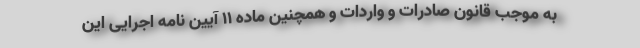
به موجب قانون صادرات و واردات و همچنین ماده 11 آیین نامه اجرایی این